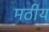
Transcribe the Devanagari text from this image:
मठीय